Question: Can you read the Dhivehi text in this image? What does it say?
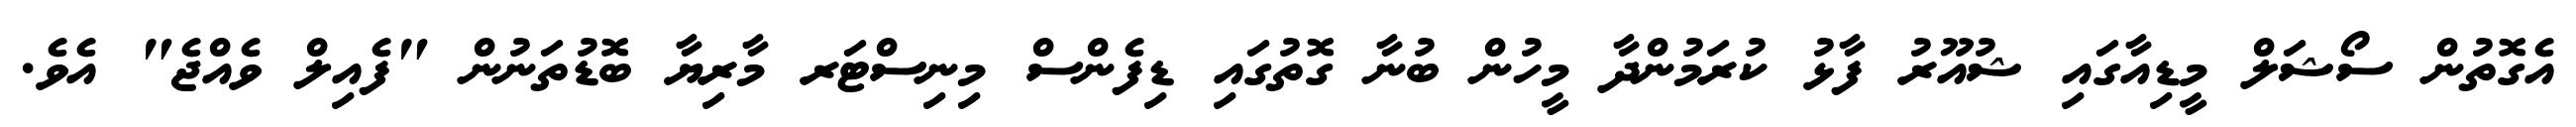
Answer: އެގޮތުން ސޯޝަލް މީޑިއާގައި ޝުއޫރު ފާޅު ކުރަމުންދާ މީހުން ބުނާ ގޮތުގައި ޑިފެންސް މިނިސްޓަރ މާރިޔާ ބޮޑުތަނުން "ފެއިލް ވެއްޖެ" އެވެ.